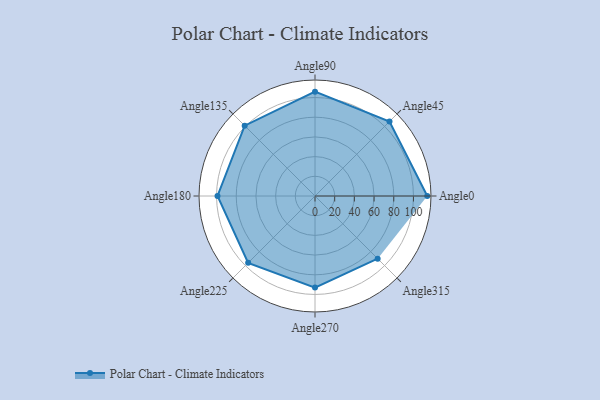
{"axis": {"x": "Angle", "y": "Radius"}, "legend": [""], "data": [{"x": "Angle0", "y": 114.0, "type": ""}, {"x": "Angle45", "y": 107.0, "type": ""}, {"x": "Angle90", "y": 106.0, "type": ""}, {"x": "Angle135", "y": 101.0, "type": ""}, {"x": "Angle180", "y": 99.0, "type": ""}, {"x": "Angle225", "y": 96.0, "type": ""}, {"x": "Angle270", "y": 93.0, "type": ""}, {"x": "Angle315", "y": 90.0, "type": ""}]}